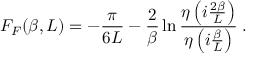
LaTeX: F _ { F } ( \beta , L ) = - \frac { \pi } { 6 L } - \frac { 2 } { \beta } \ln { \frac { \eta \left( i \frac { 2 \beta } { L } \right) } { \eta \left( i \frac { \beta } { L } \right) } } \; .